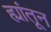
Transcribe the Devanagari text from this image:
ह्यांतून